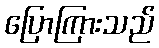
ပြောကြားသည်